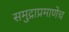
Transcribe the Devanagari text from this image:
समुद्राप्रमाणेच